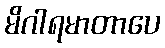
မိဂါရမာတာပေ